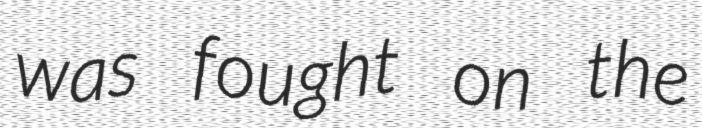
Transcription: was fought on the